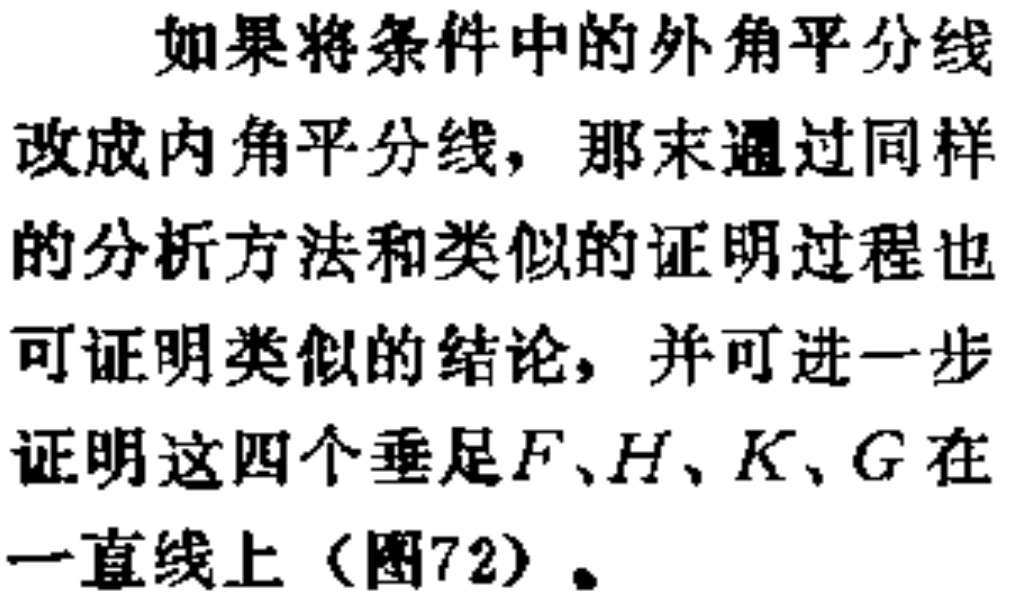
如果将条件中的外角平分线改成内角平分线，那末通过同样的分析方法和类似的证明过程也可证明类似的结论，并可进一步证明这四个垂足\(F、H、K、G\)在一直线上（图72）。